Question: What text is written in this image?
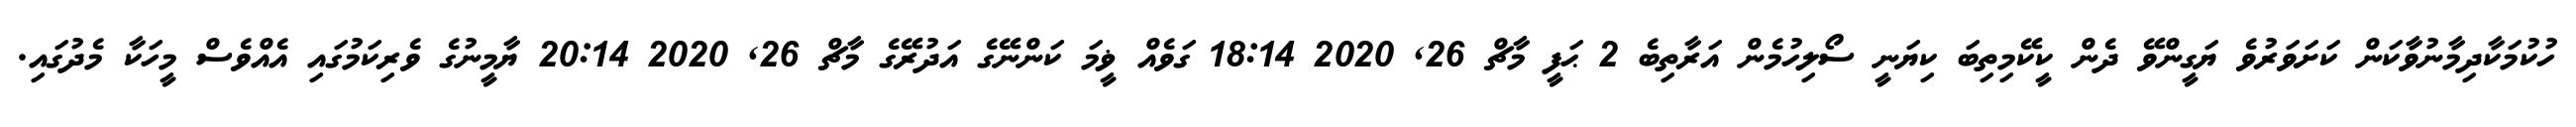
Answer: ހުކުމަކާދިމާނުވާކަން ކަށަވަރުވެ ޔަގީންވޭ ދެން ކީކޭމިތިބަ ކިޔަނީ ސޯލިހުމެން އަރާތިބެ 2 ޙަފީ މާޗް 26, 2020 18:14 ގަވެއް ޥީމަ ކަންނޭގެ އަދުރޭގެ މާޗް 26, 2020 20:14 ޔާމީނުގެ ވެރިކަމުގައި އެއްވެސް މީހަކާ މެދުގައި.